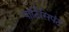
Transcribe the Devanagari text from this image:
पार्टिसिपंट